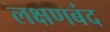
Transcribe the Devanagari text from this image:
लक्षणबंद